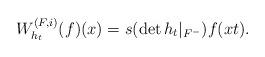
LaTeX: \begin{align*}W_{h_t}^{(F,i)}(f)(x)=s({\det h_t\vert_{F^-}})f(xt).\end{align*}